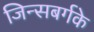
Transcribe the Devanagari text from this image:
जिन्सबर्गके